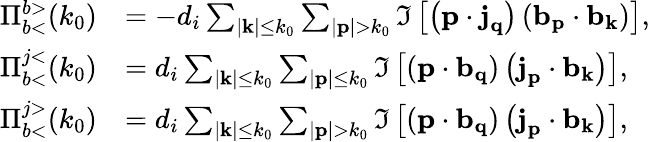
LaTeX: \begin{array}{rl}{\Pi_{b<}^{b>}(k_{0})}&{=-d_{i}\sum_{|\textit{\textbf{k}}|\leq k_{0}}\sum_{|\textit{\textbf{p}}|>k_{0}}\Im\left[\left(\textit{\textbf{p}}\cdot\textit{\textbf{j}}_{\textit{\textbf{q}}}\right)\left(\textit{\textbf{b}}_{\textit{\textbf{p}}}\cdot\textit{\textbf{b}}_{\textit{\textbf{k}}}\right)\right],}\\ {\Pi_{b<}^{j<}(k_{0})}&{=d_{i}\sum_{|\textit{\textbf{k}}|\leq k_{0}}\sum_{|\textit{\textbf{p}}|\leq k_{0}}\Im\left[\left(\textit{\textbf{p}}\cdot\textit{\textbf{b}}_{\textit{\textbf{q}}}\right)\left(\textit{\textbf{j}}_{\textit{\textbf{p}}}\cdot\textit{\textbf{b}}_{\textit{\textbf{k}}}\right)\right],}\\ {\Pi_{b<}^{j>}(k_{0})}&{=d_{i}\sum_{|\textit{\textbf{k}}|\leq k_{0}}\sum_{|\textit{\textbf{p}}|>k_{0}}\Im\left[\left(\textit{\textbf{p}}\cdot\textit{\textbf{b}}_{\textit{\textbf{q}}}\right)\left(\textit{\textbf{j}}_{\textit{\textbf{p}}}\cdot\textit{\textbf{b}}_{\textit{\textbf{k}}}\right)\right],}\end{array}